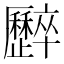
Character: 𠫏